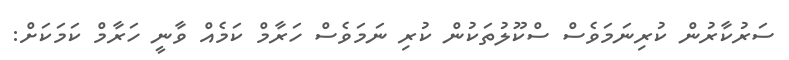
ސަރުކާރުން ކުރިނަމަވެސް ސްކޫލުތަކުން ކުރި ނަމަވެސް ހަރާމް ކަމެއް ވާނީ ހަރާމް ކަމަކަށް: